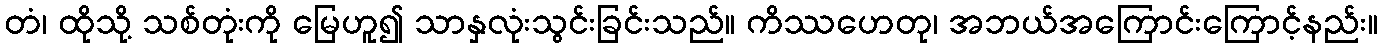
တံ၊ ထိုသို့ သစ်တုံးကို မြေဟူ၍ သာနှလုံးသွင်းခြင်းသည်။ ကိဿဟေတု၊ အဘယ်အကြောင်းကြောင့်နည်း။